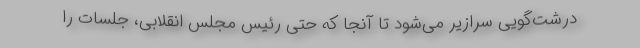
درشت‌گویی سرازیر می‌شود تا آنجا که حتی رئیس‌ مجلس انقلابی، جلسات را